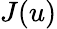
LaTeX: J(u)